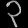
Digit: ၃